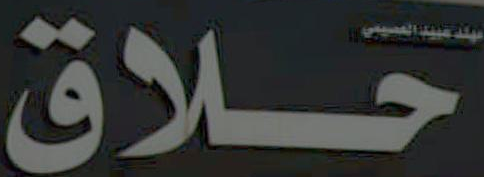
حلاق